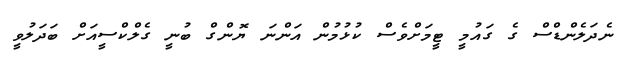
ނެދަލެންޑްސް ގެ ގައުމީ ޓީމަށްވެސް ކުޅުމުން އަންނަ ޔޮންގް ބުނީ ގެލްކްސީއަށް ބަދަލުވީ